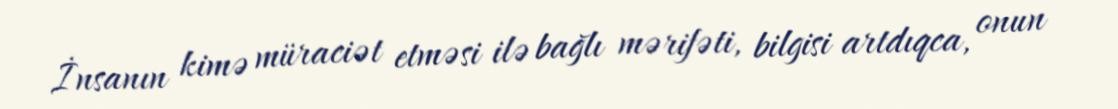
İnsanın kimə müraciət etməsi ilə bağlı mərifəti, bilgisi artdıqca, onun